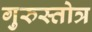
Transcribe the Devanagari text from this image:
गुरुस्तोत्र